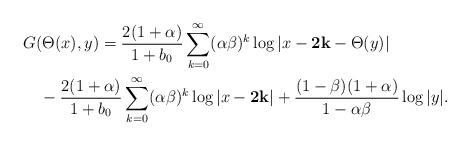
LaTeX: \begin{align*}&G (\Theta(x),y)=\frac{2(1+\alpha)}{1+b_0}\sum_{k=0}^{\infty}(\alpha\beta)^k\log|x-{\bf 2k}-\Theta(y)|\\&\quad-\frac{2(1+\alpha)}{1+b_0}\sum_{k=0}^{\infty}(\alpha\beta)^k\log|x-{\bf 2k}|+\frac{(1-\beta)(1+\alpha)}{1-\alpha\beta}\log|y|.\end{align*}